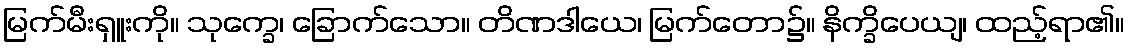
မြက်မီးရှူးကို။ သုက္ခေ၊ ခြောက်သော။ တိဏဒါယေ၊ မြက်တော၌။ နိက္ခိပေယျ၊ ထည့်ရာ၏။